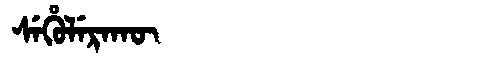
Manchu: ᠰᡝᡥᡠᠯᡝᡵᠠᡴᡡ
Romanization: SEHULERAKŪ